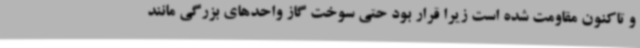
و تاکنون مقاومت شده است زیرا قرار بود حتی سوخت گاز واحدهای بزرگی مانند